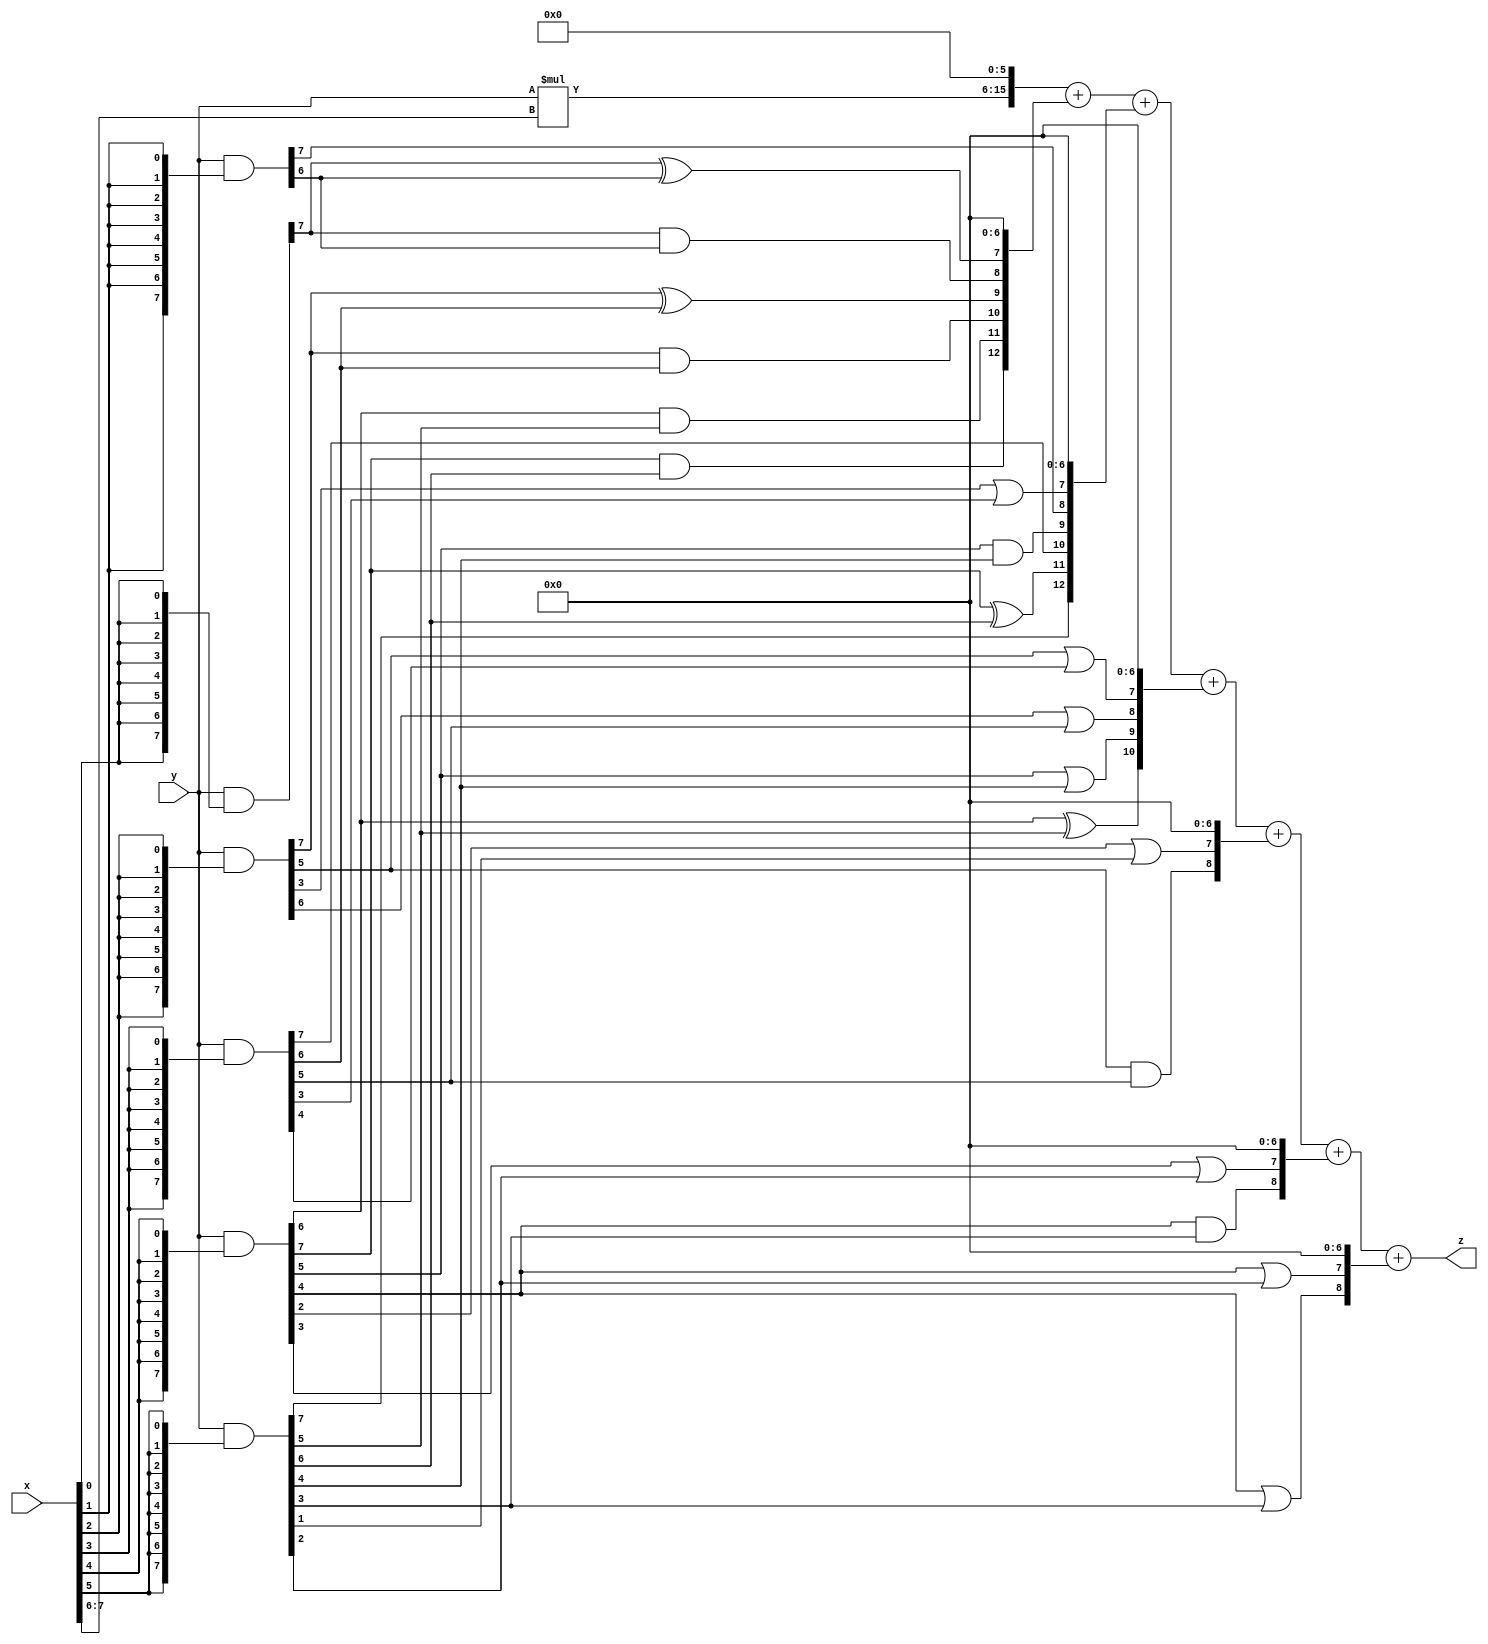
// terms: 22
// fval:  100182.25

module unsigned_exchange_8x8_l6_lamb4000_3 (
	input [7:0] x,
	input [7:0] y,
	output [15:0] z
);

wire [7:0] part1 =  y & {8{x[0]}};
wire [7:0] part2 =  y & {8{x[1]}};
wire [7:0] part3 =  y & {8{x[2]}};
wire [7:0] part4 =  y & {8{x[3]}};
wire [7:0] part5 =  y & {8{x[4]}};
wire [7:0] part6 =  y & {8{x[5]}};
wire [7:0] part7 =  y & {8{x[6]}};
wire [7:0] part8 =  y & {8{x[7]}};

wire [12:0] new_part1;
assign new_part1[0] = 0;
assign new_part1[1] = 0;
assign new_part1[2] = 0;
assign new_part1[3] = 0;
assign new_part1[4] = 0;
assign new_part1[5] = 0;
assign new_part1[6] = 0;
assign new_part1[7] = part1[7] ^ part2[6];
assign new_part1[8] = part1[7] & part2[6];
assign new_part1[9] = part3[7] ^ part4[6];
assign new_part1[10] = part3[7] & part4[6];
assign new_part1[11] = part5[6] & part6[5];
assign new_part1[12] = part5[7] & part6[6];

wire [12:0] new_part2;
assign new_part2[0] = 0;
assign new_part2[1] = 0;
assign new_part2[2] = 0;
assign new_part2[3] = 0;
assign new_part2[4] = 0;
assign new_part2[5] = 0;
assign new_part2[6] = 0;
assign new_part2[7] = part3[3] | part4[3];
assign new_part2[8] = part2[7];
assign new_part2[9] = part5[5] & part6[4];
assign new_part2[10] = part4[7];
assign new_part2[11] = part5[7] ^ part6[6];
assign new_part2[12] = part6[7];

wire [10:0] new_part3;
assign new_part3[0] = 0;
assign new_part3[1] = 0;
assign new_part3[2] = 0;
assign new_part3[3] = 0;
assign new_part3[4] = 0;
assign new_part3[5] = 0;
assign new_part3[6] = 0;
assign new_part3[7] = part3[5] | part4[4];
assign new_part3[8] = part3[6] | part4[5];
assign new_part3[9] = part5[5] | part6[4];
assign new_part3[10] = part5[6] ^ part6[5];

wire [8:0] new_part4;
assign new_part4[0] = 0;
assign new_part4[1] = 0;
assign new_part4[2] = 0;
assign new_part4[3] = 0;
assign new_part4[4] = 0;
assign new_part4[5] = 0;
assign new_part4[6] = 0;
assign new_part4[7] = part5[2] | part6[1];
assign new_part4[8] = part3[5] & part4[5];

wire [8:0] new_part5;
assign new_part5[0] = 0;
assign new_part5[1] = 0;
assign new_part5[2] = 0;
assign new_part5[3] = 0;
assign new_part5[4] = 0;
assign new_part5[5] = 0;
assign new_part5[6] = 0;
assign new_part5[7] = part5[3] | part6[2];
assign new_part5[8] = part5[4] & part6[3];

wire [8:0] new_part6;
assign new_part6[0] = 0;
assign new_part6[1] = 0;
assign new_part6[2] = 0;
assign new_part6[3] = 0;
assign new_part6[4] = 0;
assign new_part6[5] = 0;
assign new_part6[6] = 0;
assign new_part6[7] = part5[4] | part6[2];
assign new_part6[8] = part5[4] | part6[3];

wire [9:0] tmp_z = y*x[7:6];

assign z = {tmp_z, 6'd 0} + new_part1 + new_part2 + new_part3 + new_part4 + new_part5 + new_part6;

endmodule